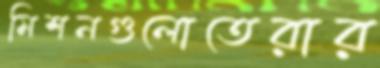
মিশনগুলোতেরার